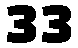
33